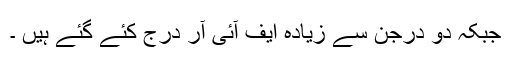
جبکہ دو درجن سے زیادہ ایف آئی آر درج کئے گئے ہیں ۔